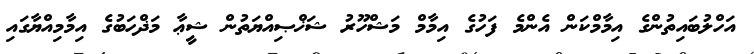
އަހްލުބައިތުންގެ އިމާމްކަން އެންމެ ފަހުގެ އިމާމް މަޝްހޫރު ޝަޚްޞިއްޔަތުން ޝީޢާ މަޛްހަބުގެ އިމާމިއްޔާގައި